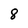
Character: 8